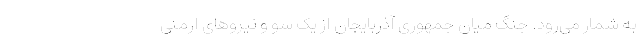
به شمار می‌رود. جنگ میان جمهوری آذربایجان از یک سو و نیروهای ارمنی